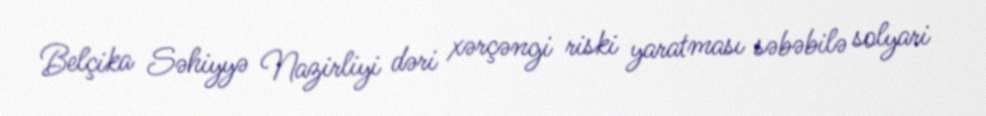
Belçika Səhiyyə Nazirliyi dəri xərçəngi riski yaratması səbəbilə solyari